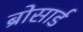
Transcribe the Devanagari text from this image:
ब्रोसार्ड